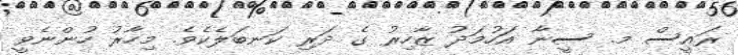
ރައީސް މ. ސީނާ އަހުމަދު ޒާހިރު ގެ ދަރި ކަނބަލެކެވެ. މިހާރު ހުންނެވީ